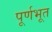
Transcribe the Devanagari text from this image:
पूर्णभूत